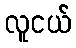
လူငယ်